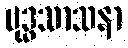
ဗုဒ္ဓသာသနာ